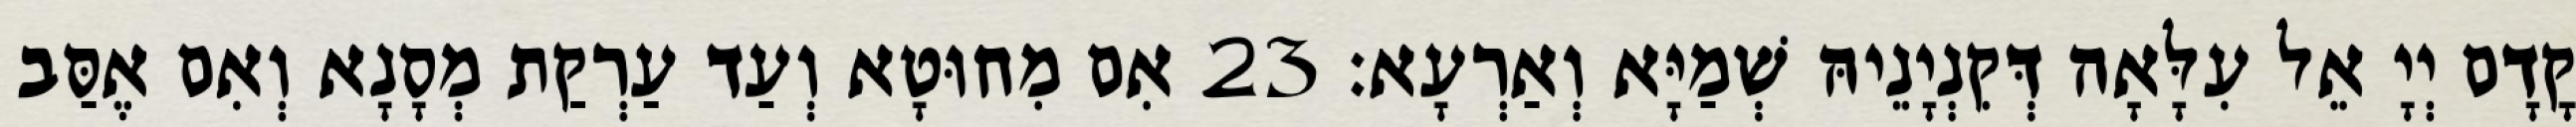
קֳדָם יְיָ אֵל עִלָּאָה דְּקִנְיָנֵיהּ שְׁמַיָּא וְאַרְעָא׃ 23 אִם מִחוּטָא וְעַד עַרְקַת מְסָנָא וְאִם אֶסַּב